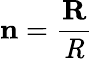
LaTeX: \mathbf{n}=\frac{\mathbf{R}}{\mathit{R}}